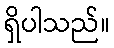
ရှိပါသည်။